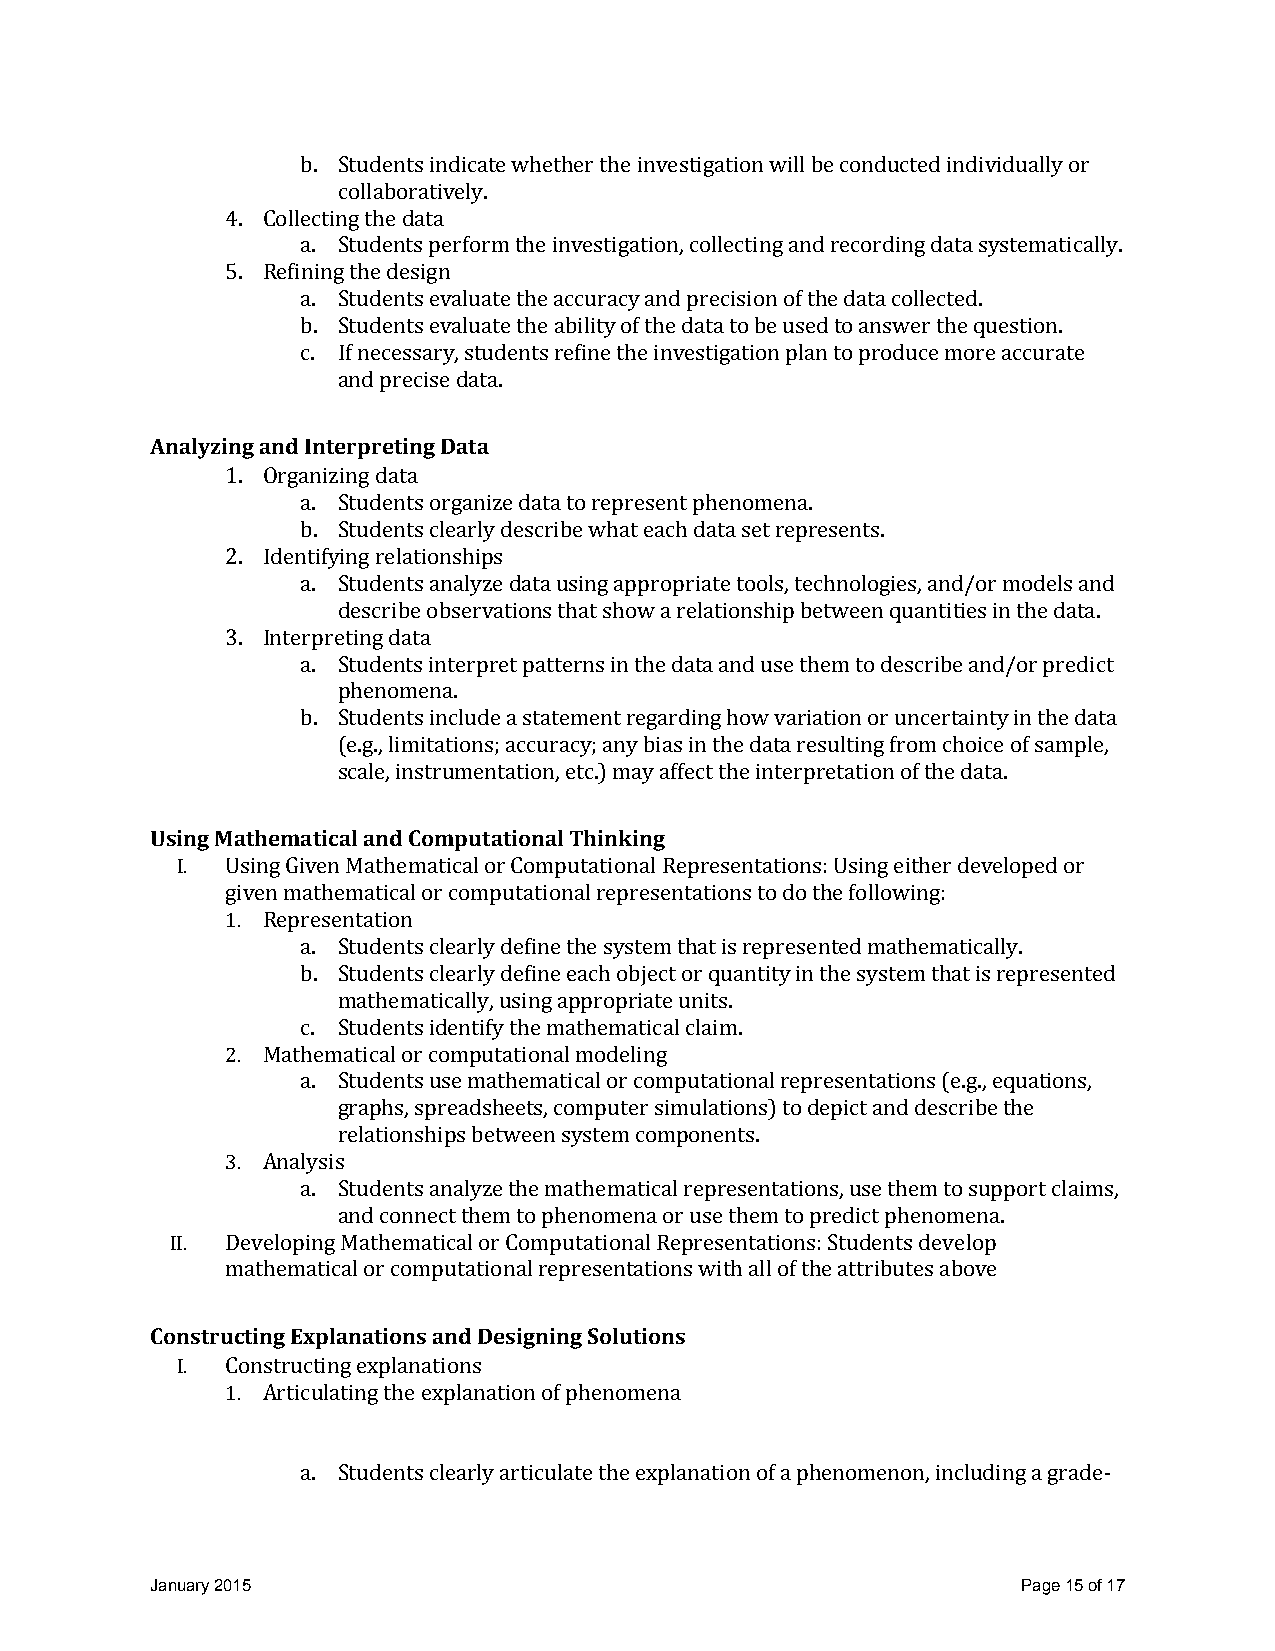
b. Students indicate whether the investigation will be conducted individually or
 collaboratively.
 4. Collecting the data
 a. Students perform the investigation, collecting and recording data systematically.
 5. Refining the design
 a. Students evaluate the accuracy and precision of the data collected.
 b. Students evaluate the ability of the data to be used to answer the question.
 c. If necessary, students refine the investigation plan to produce more accurate
 and precise data.
 Analyzing and Interpreting Data
 1. Organizing data
 a. Students organize data to represent phenomena.
 b. Students clearly describe what each data set represents.
 2. Identifying relationships
 a. Students analyze data using appropriate tools, technologies, and/or models and
 describe observations that show a relationship between quantities in the data.
 3. Interpreting data
 a. Students interpret patterns in the data and use them to describe and/or predict
 phenomena.
 b. Students include a statement regarding how variation or uncertainty in the data
 (e.g., limitations; accuracy; any bias in the data resulting from choice of sample,
 scale, instrumentation, etc.) may affect the interpretation of the data.
 Using Mathematical and Computational Thinking
 I. Using Given Mathematical or Computational Representations: Using either developed or
 given mathematical or computational representations to do the following:
 1. Representation
 a. Students clearly define the system that is represented mathematically.
 b. Students clearly define each object or quantity in the system that is represented
 mathematically, using appropriate units.
 c. Students identify the mathematical claim.
 2. Mathematical or computational modeling
 a. Students use mathematical or computational representations (e.g., equations,
 graphs, spreadsheets, computer simulations) to depict and describe the
 relationships between system components.
 3. Analysis
 a. Students analyze the mathematical representations, use them to support claims,
 and connect them to phenomena or use them to predict phenomena.
 II. Developing Mathematical or Computational Representations: Students develop
 mathematical or computational representations with all of the attributes above
 Constructing Explanations and Designing Solutions
 I. Constructing explanations
 1. Articulating the explanation of phenomena
 a. Students clearly articulate the explanation of a phenomenon, including a grade-
 January 2015                                              Page 15 of 17